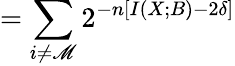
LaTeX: =\sum_{i\neq\mathscr{M}}2^{-n\left[I\left(X;B\right)-2\delta\right]}